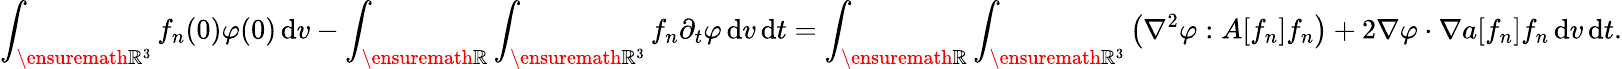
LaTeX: \int_{\ensuremath{{\mathbb R}}^{3}}f_{n}(0)\varphi(0)\, \mathrm{d}v-\int_{\ensuremath{{\mathbb R}}}\int_{\ensuremath{{\mathbb R}}^{3}}f_{n}\partial_{t}\varphi\, \mathrm{d}v\, \mathrm{d}t=\int_{\ensuremath{{\mathbb R}}}\int_{\ensuremath{{\mathbb R}}^{3}}\left(\nabla^{2}\varphi:A[f_{n}]f_{n}\right)+2\nabla\varphi\cdot\nabla a[f_{n}]f_{n}\, \mathrm{d}v\, \mathrm{d}t.